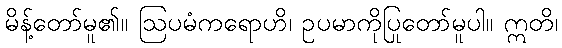
မိန့်တော်မူ၏။ ဩပမံကရောဟိ၊ ဥပမာကိုပြုတော်မူပါ။ ဣတိ၊